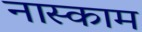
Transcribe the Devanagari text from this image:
नास्काम